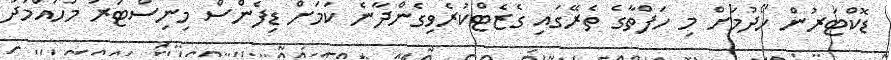
ޑޮކްޓަރުން ހޯދުމަށް މި ހަފްތާގެ ތެރޭގައި ގެޒެޓްކުރެވިގެންދާނެ ކަމަށް ޑިފެންސް މިނިސްޓަރު މުހައްމަދު